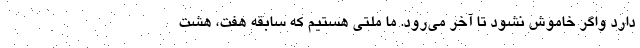
دارد واگر خاموش نشود تا آخر می‌رود. ما ملتی هستیم که سابقه هفت، هشت